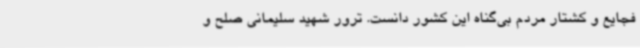
فجایع و کشتار مردم بی‌گناه این کشور دانست. ترور شهید سلیمانی صلح و